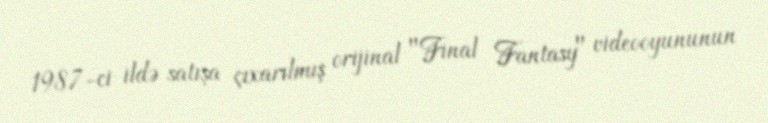
1987-ci ildə satışa çıxarılmış orijinal "Final Fantasy" videooyununun